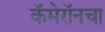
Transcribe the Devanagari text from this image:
कॅमेरॉनचा